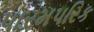
પારમપરિક